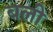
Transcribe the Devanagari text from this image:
बली